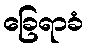
ခြေရာခံ